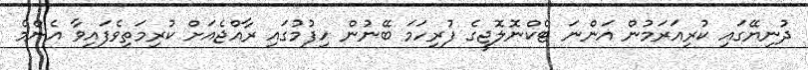
ދުނިޔޭގައި ކުރިއަރަމުން އަންނަ ޓެކްނޮލޮޖީގެ ފުރިހަމަ ބޭނުން ހިފުމުގައި ރާއްޖެއަށް ކުރިމަތިވެފައިވާ އެންމެ